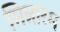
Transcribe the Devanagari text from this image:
मिन्नारम